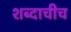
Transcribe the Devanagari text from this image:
शब्दाचीच